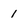
Character: 1